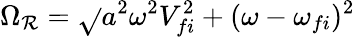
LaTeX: \Omega_{\mathcal{R}}=\sqrt{}{{a^{2}\omega^{2}V_{fi}^{2}+(\omega-\omega_{fi})^{2}}}